Civil Veterinary Dept. Bombay admin report 1914-1922 - 1914-1922
Year: 1914
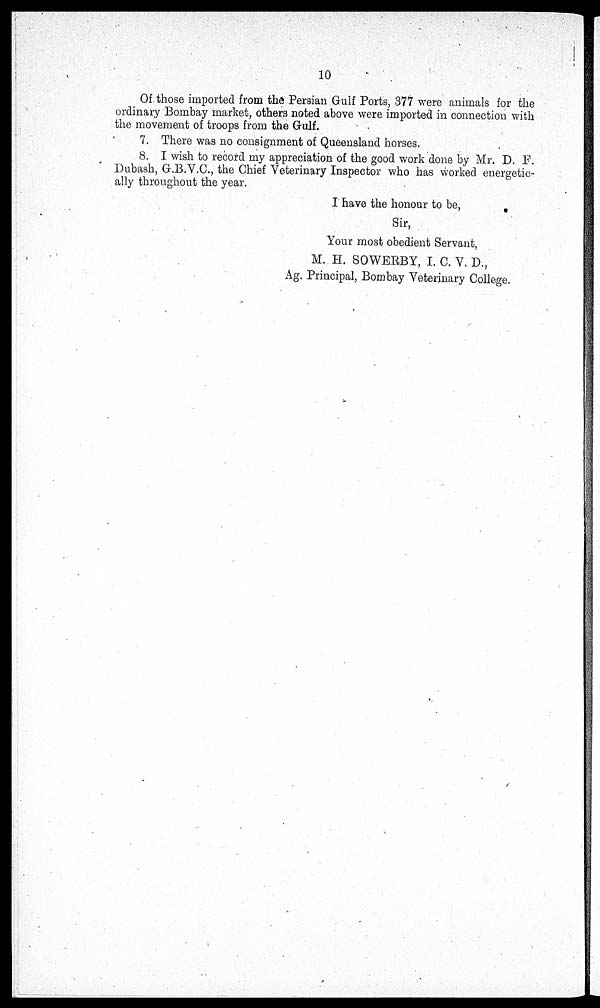
10
Of those imported from the Persian Gulf Ports, 377 were animals for the
ordinary Bombay market, others noted above were imported in connection with
the movement of troops from the Gulf.
7. There was no consignment of Queensland horses.
8. I wish to record my appreciation of the good work done by Mr. D. F.
Dubash, G.B.V.C., the Chief Veterinary Inspector who has worked energetic-
ally throughout the year.
I have the honour to be,
Sir,
Your most obedient Servant,
M. H. SOWERBY, I. C. V. D.,
Ag. Principal, Bombay Veterinary College.